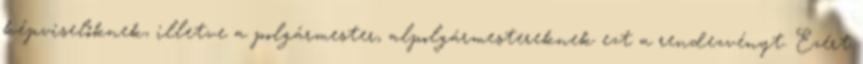
képviselőknek, illetve a polgármester, alpolgármestereknek ezt a rendezvényt. Ezért